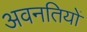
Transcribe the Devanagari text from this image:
अवनतियों